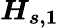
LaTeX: \boldsymbol{H_{s,1}}